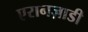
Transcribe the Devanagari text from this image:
एरानज़ाडी